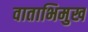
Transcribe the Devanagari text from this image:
वाताभिमुख